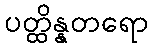
ပတ္ထိန္နတရော